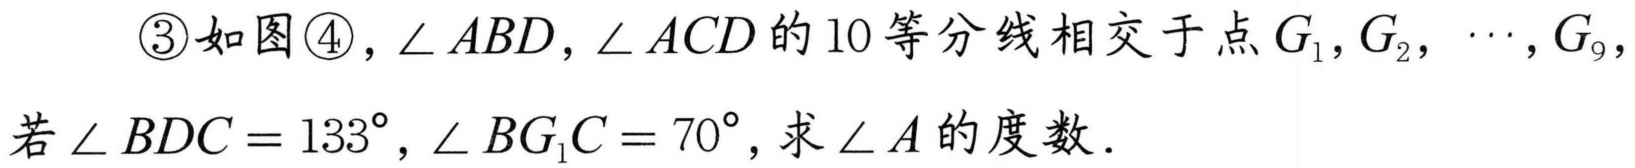
\textcircled{3}如图\textcircled{4}，\(\angle ABD\), \(\angle ACD\) 的 \(10\) 等分线相交于点 \(G_{1},G_{2},\cdots,G_{9}\)，
若 \(\angle BDC = 133^{\circ}\), \(\angle BG_{1}C = 70^{\circ}\)，求 \(\angle A\) 的度数．